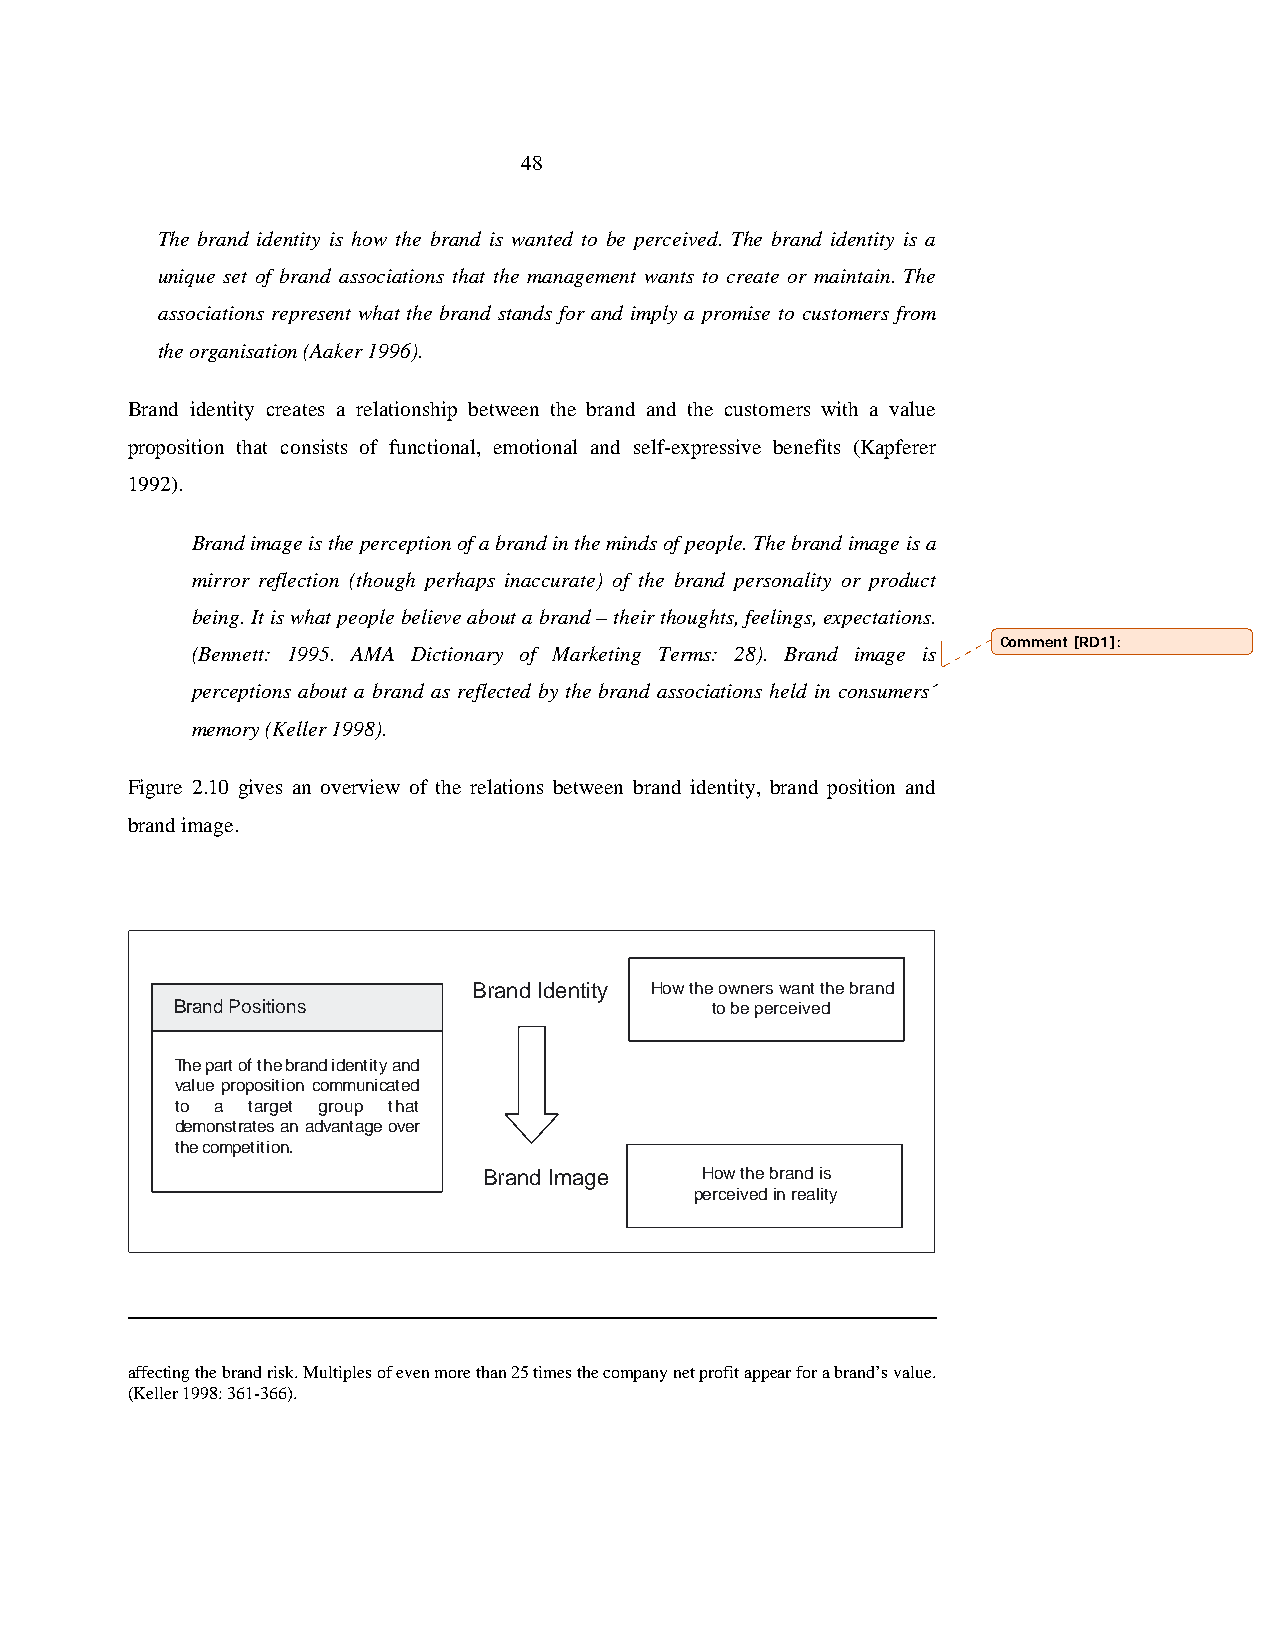
48
 The brand identity is how the brand is wanted to be perceived. The brand identity is a
 unique set of brand associations that the management wants to create or maintain. The
 associations represent what the brand stands for and imply a promise to customers from
 the organisation (Aaker 1996).
 Brand identity creates a relationship between the brand and the customers with a value
 proposition that consists of functional, emotional and self-expressive benefits (Kapferer
 1992).
 Brand image is the perception of a brand in the minds of people. The brand image is a
 mirror reflection (though perhaps inaccurate) of the brand personality or product
 being. It is what people believe about a brand – their thoughts, feelings, expectations.
 Comment [RD1]:
 (Bennett: 1995. AMA Dictionary of Marketing Terms: 28). Brand image is
 perceptions about a brand as reflected by the brand associations held in consumers´
 memory (Keller 1998).
 Figure 2.10 gives an overview of the relations between brand identity, brand position and
 brand image.
 Brand Identity How the owners want the brand
 Brand Positions                    to be perceived
 Thepartofthebrandidentityand
 value proposition communicated
 to a target group that
 demonstratesanadvantageover
 thecompetition.
 Brand Image   How the brand is
 perceived in reality
 affecting the brand risk. Multiples of even more than 25 times the company net profit appear for a brand’s value.
 (Keller 1998: 361-366).